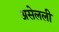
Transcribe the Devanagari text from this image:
असेलली